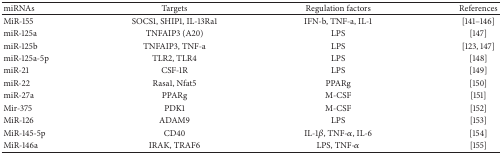
<table><thead><tr><td><b>miRNAs</b></td><td><b>Targets</b></td><td><b>Regulation factors</b></td><td><b>References</b></td></tr></thead><tbody><tr><td>MiR-155</td><td>SOCS1, SHIP1, IL-13Ra1</td><td>IFN-b, TNF-a, IL-1</td><td>[141–146]</td></tr><tr><td>miR-125a</td><td>TNFAIP3 (A20)</td><td>LPS</td><td>[147]</td></tr><tr><td>miR-125b</td><td>TNFAIP3, TNF-a</td><td>LPS</td><td>[123, 147]</td></tr><tr><td>miR-125a-5p</td><td>TLR2, TLR4</td><td>LPS</td><td>[148]</td></tr><tr><td>miR-21</td><td>CSF-1R</td><td>LPS</td><td>[149]</td></tr><tr><td> miR-22</td><td>Rasa1, Nfat5</td><td>PPARg</td><td>[150]</td></tr><tr><td> miR-27a</td><td>PPARg</td><td>M-CSF</td><td>[151]</td></tr><tr><td>Mir-375</td><td>PDK1</td><td>M-CSF</td><td>[152]</td></tr><tr><td>MiR-126</td><td>ADAM9</td><td>LPS</td><td>[153]</td></tr><tr><td>MiR-145-5p</td><td>CD40</td><td>IL-1<i>β</i>, TNF-<i>α</i>, IL-6</td><td>[154]</td></tr><tr><td>MiR-146a</td><td>IRAK, TRAF6</td><td>LPS, TNF-<i>α</i></td><td>[155]</td></tr></tbody></table>